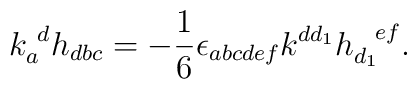
k_a^{~d}h_{dbc}=-{1\over 6}\epsilon_{abcdef}k^{dd_1}h_{d_1}^{~~ef}.